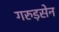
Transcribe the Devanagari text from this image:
गरुड़सेन